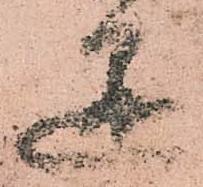
懸